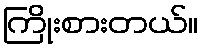
ကြိုးစားတယ်။